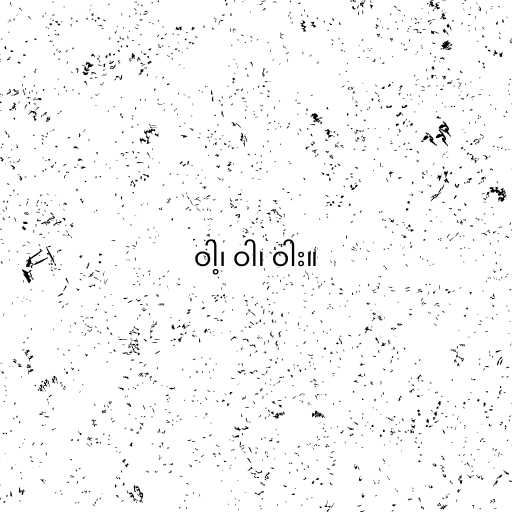
ဝါ့၊ ဝါ၊ ဝါး။